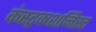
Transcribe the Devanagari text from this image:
कंस्ट्रकशनिस्ट